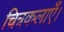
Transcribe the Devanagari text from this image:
चित्रकलाएँ।